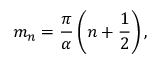
m _ { n } = \frac { \pi } { \alpha } \left( n + \frac { 1 } { 2 } \right) ,